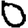
Digit: 0